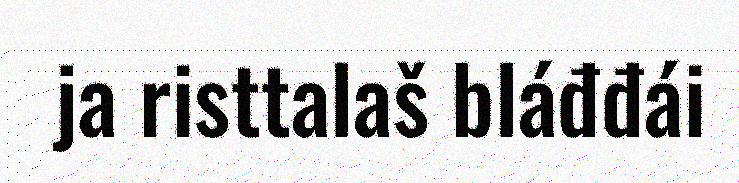
ja risttalaš bláđđái